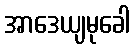
အာဒေယျမုခေါ